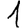
Digit: 1